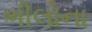
ભીલોના